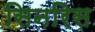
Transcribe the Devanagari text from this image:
सिनरिस